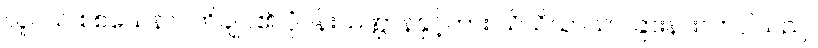
လူငယ် စစ်သေနာပတိချုပ်၏ ပုံပန်းသဏ္ဌာန်နှင့်ကား သိသိသာသာ ခြားနားလာပါသည်။